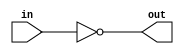
// CN1 -  schelet lab02

module modul03(
	output reg out,
	input in
	);

	always @(*) begin
		out = !in;
	end

endmodule